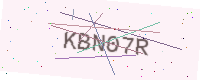
Text: KBN07R